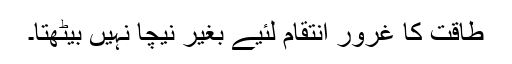
طاقت کا غرور انتقام لئیے بغیر نیچا نہیں بیٹھتا۔